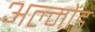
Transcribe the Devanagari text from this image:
अल्मोंड